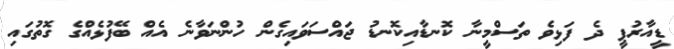
ޑީއާރުޕީ ދެ ފަޅިވެ ތަސްމީނާ ކޮނޑާއިކޮނޑު ޖައްސަވައިގެން ހުންނަވާނެ އެއް ބޭފުޅެއްގެ ގޮތުގައި